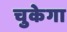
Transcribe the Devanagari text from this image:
चुकेगा